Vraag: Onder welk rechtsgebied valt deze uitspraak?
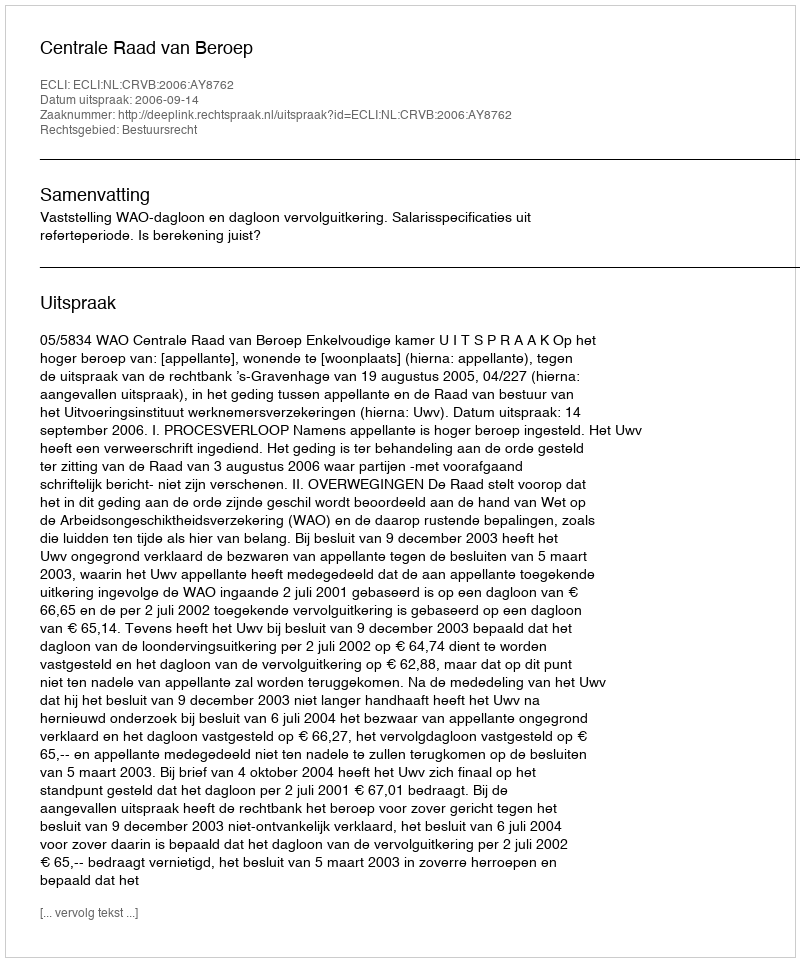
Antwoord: Bestuursrecht